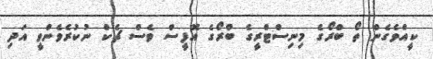
ކީއްވެގެން ތޯ ބްރޯގެ މިނިސްޓްރީގެ ބްރޯގެ އޮފީސް ވެސް ޗެކް ނުކުރެވެންވީ އަދި